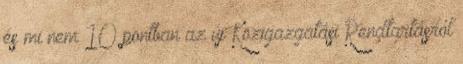
és mi nem 10 pontban az új Közigazgatási Rendtartásról